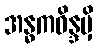
အန္ဓကဝိန္ဒမှိ